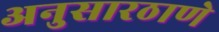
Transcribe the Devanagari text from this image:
अनुसारठाणे